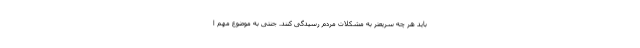
باید هر چه سریعتر به مشکلات مردم رسیدگی کنند. جنتی به موضوع مهم ا